Annual report on the lock hospitals of the Madras Presidency
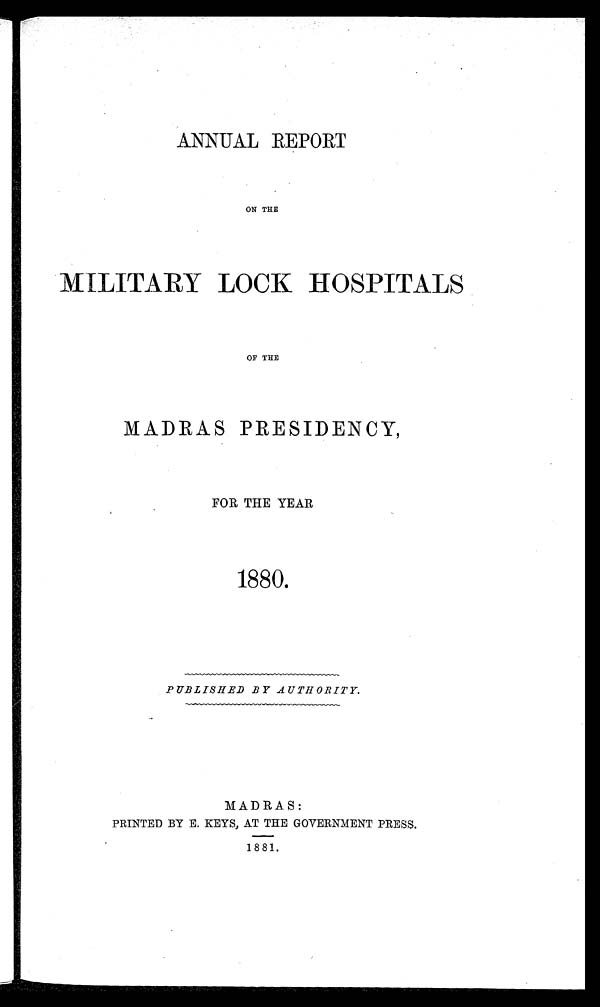
ANNUAL REPORT
ON THE
MILITARY LOCK HOSPITALS
OF THE
MADRAS PRESIDENCY,
FOR THE YEAR
1880.
PUBLISHED BY AUTHORITY.
MADRAS:
PRINTED BY E. KEYS, AT THE GOVERNMENT PRESS.
1881.